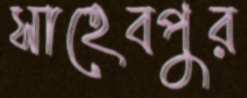
সাহেবপুর